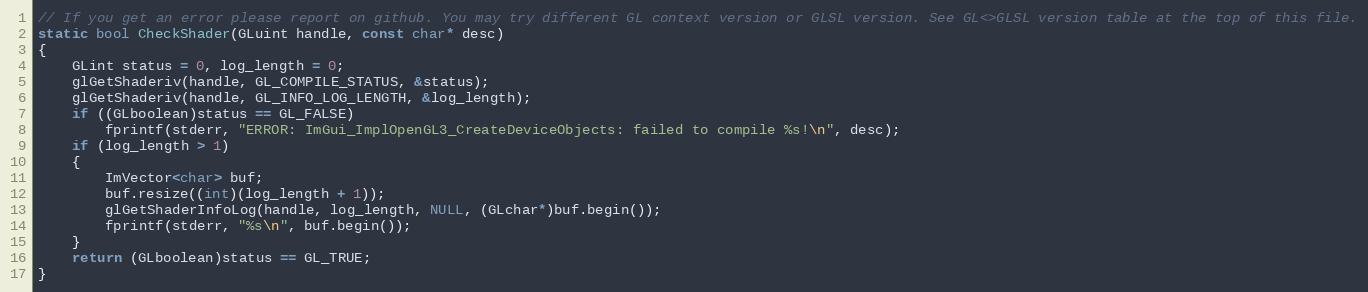
Language: C++
// If you get an error please report on github. You may try different GL context version or GLSL version. See GL<>GLSL version table at the top of this file.
static bool CheckShader(GLuint handle, const char* desc)
{
    GLint status = 0, log_length = 0;
    glGetShaderiv(handle, GL_COMPILE_STATUS, &status);
    glGetShaderiv(handle, GL_INFO_LOG_LENGTH, &log_length);
    if ((GLboolean)status == GL_FALSE)
        fprintf(stderr, "ERROR: ImGui_ImplOpenGL3_CreateDeviceObjects: failed to compile %s!\n", desc);
    if (log_length > 1)
    {
        ImVector<char> buf;
        buf.resize((int)(log_length + 1));
        glGetShaderInfoLog(handle, log_length, NULL, (GLchar*)buf.begin());
        fprintf(stderr, "%s\n", buf.begin());
    }
    return (GLboolean)status == GL_TRUE;
}